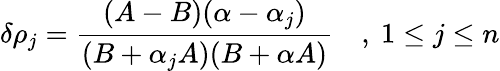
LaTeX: \delta\rho_{j}=\frac{(A-B)(\alpha-\alpha_{j})}{(B+\alpha_{j}A)(B+\alpha A)}\quad,\ 1\leq j\leq n